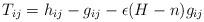
LaTeX: \begin{align*}T_{ij} = h_{ij} - g_{ij} - \epsilon (H-n) g_{ij}\end{align*}